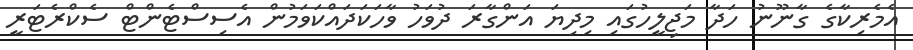
އެމެރިކާގެ ގާނޫނު ހަދާ މަޖިލީހުގައި މިދިޔަ އަންގާރަ ދުވަހު ވާހަކަދައްކަވަމުން އެސިސްޓެންޓް ސެކްރެޓަރީ